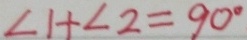
\angle 1 + \angle 2 = 9 0 ^ { \circ }